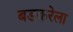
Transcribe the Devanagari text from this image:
बडकरेला